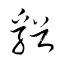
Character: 谿